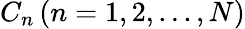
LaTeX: {{C_{n}}\left({n=1,2,...,N}\right)}